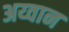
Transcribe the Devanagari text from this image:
अय्वान